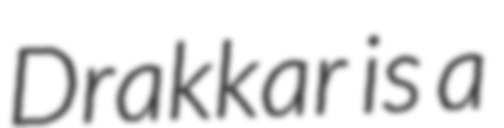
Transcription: Drakkar is a